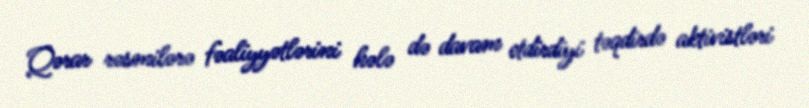
Qərar rəsmilərə fəaliyyətlərini hələ də davam etdirdiyi təqdirdə aktivistləri